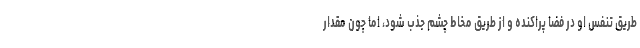
طریق تنفس او در فضا پراکنده و از طریق مخاط چشم جذب شود، اما چون مقدار